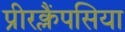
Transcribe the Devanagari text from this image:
प्रीरक्लैंपसिया